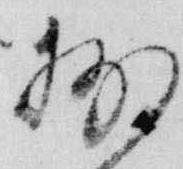
抄